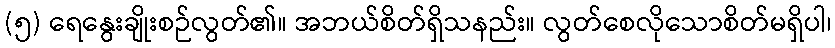
(၅) ရေနွေးချိုးစဉ်လွတ်၏။ အဘယ်စိတ်ရှိသနည်း။ လွတ်စေလိုသောစိတ်မရှိပါ၊